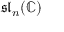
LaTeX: { \mathfrak { s l } } _ { n } ( \mathbb { C } )